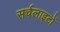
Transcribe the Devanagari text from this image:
सर्चलाइटों